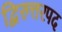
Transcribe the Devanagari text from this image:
द्विरुत्तरपद